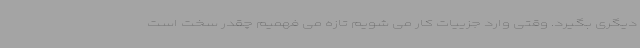
دیگری بگیرد. وقتی وارد جزییات کار می شویم تازه می فهمیم چقدر سخت است